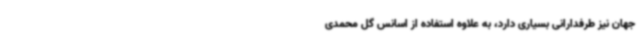
جهان نیز طرفدارانی بسیاری دارد، به علاوه استفاده از اسانس گل محمدی